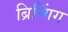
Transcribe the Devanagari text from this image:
ब्रिन्गिंग